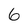
Character: 6